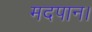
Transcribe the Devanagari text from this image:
मदपान।